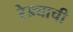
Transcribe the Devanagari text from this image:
रेड्याची